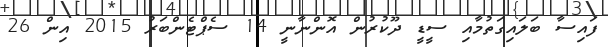
ފައިސާ ބަލައިގަތުމާއި ސީޑީ ދޫކުރުން އޮންނާނީ 14 ސެޕްޓެންބަރު 2015 އިން 26